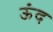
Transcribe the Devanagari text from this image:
ऊंद